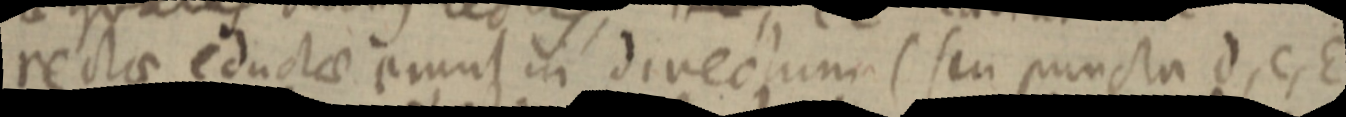
rectae eductae erunt in directum (seu puncta d, C, E